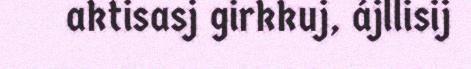
aktisasj girkkuj, ájllisij